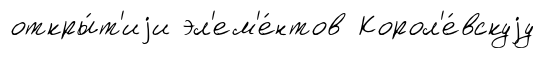
откры́т'иjи эл'ем'е́нтов Корол'е́вскуjу